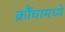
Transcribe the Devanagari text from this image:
क्रौंचामध्ये